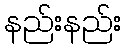
နည်းနည်း